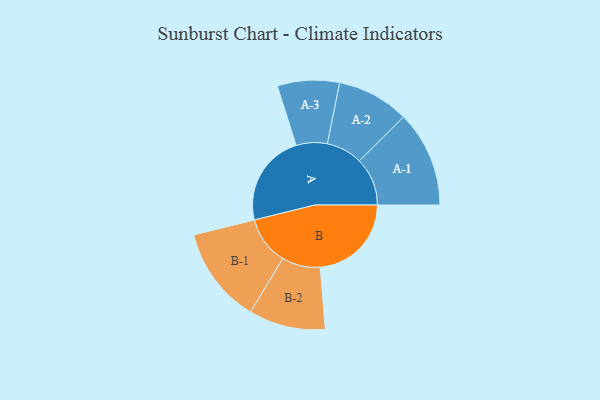
{"axis": {"x": "Segment", "y": "Value"}, "legend": ["", "A", "B"], "data": [{"x": "A", "y": 417, "type": ""}, {"x": "B", "y": 412, "type": ""}, {"x": "A-1", "y": 217, "type": "A"}, {"x": "A-2", "y": 163, "type": "A"}, {"x": "A-3", "y": 140, "type": "A"}, {"x": "B-1", "y": 218, "type": "B"}, {"x": "B-2", "y": 173, "type": "B"}]}